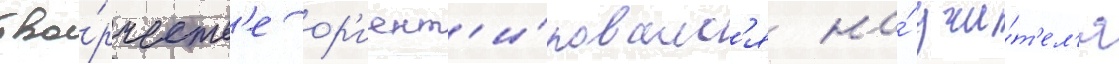
тво́рчеств'е ор'иент'и́ровалс'я на́ учи́т'ел'я